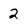
Character: 2